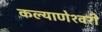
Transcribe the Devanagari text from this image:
कल्‍याणेश्‍वरी